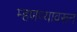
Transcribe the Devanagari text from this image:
म्हणण्यावरून